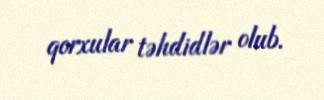
qorxular təhdidlər olub.